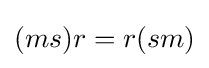
(ms)r=r(sm)